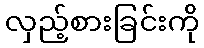
လှည့်စားခြင်းကို